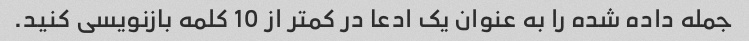
جمله داده شده را به عنوان یک ادعا در کمتر از 10 کلمه بازنویسی کنید.